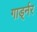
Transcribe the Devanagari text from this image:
गार्ड्नर